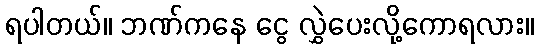
ရပါတယ်။ ဘဏ်ကနေ ငွေ လွှဲပေးလို့ကောရလား။